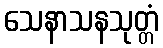
သေနာသနသုတ္တံ